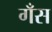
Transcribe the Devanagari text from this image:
गँस